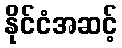
နိုင်ငံအဆင့်